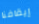
إيقافنا